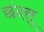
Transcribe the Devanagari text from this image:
छंदस्